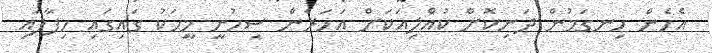
އެހެން ހިނގަމުން ދަނިކޮށް ކުއްލިއަކަށް އަހަރެން ސިހުނީ މީހަކު ގައިގައި ހިފާފައި